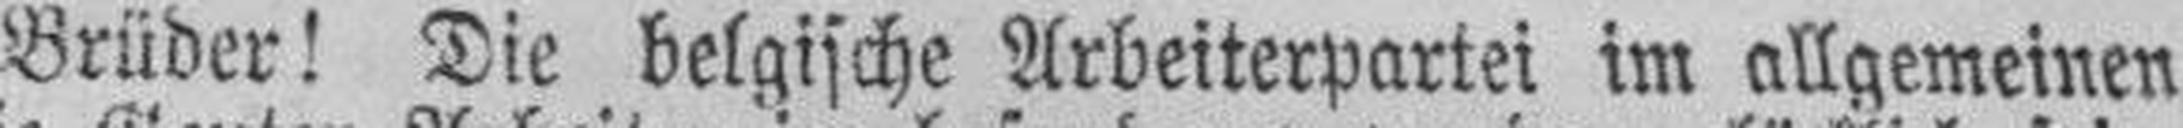
Brüder! Die belgische Arbeiterpartei im allgemeinen